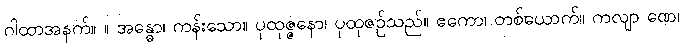
ဂါထာအနက်။ ။ အန္ဓော၊ ကန်းသော။ ပုထုဇ္ဇနော၊ ပုထုဇဉ်သည်။ ဧကော၊ တစ်ယောက်။ ကလျာ ဏေ၊